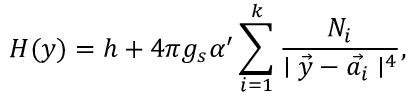
H ( y ) = h + 4 \pi g _ { s } \alpha ^ { \prime } \sum _ { i = 1 } ^ { k } \frac { N _ { i } } { \mid \vec { y } - \vec { a _ { i } } \mid ^ { 4 } } ,